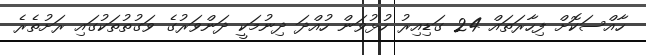
ހާއްސަކޮށް ފިހާރަތައް 24 ގަޑިއިރު ހުޅުވަން ހުއްދަ ދިނުމަކީ ދަންވަރުގެ ވަގުތުތަކުގައި ރަށުތެރެ